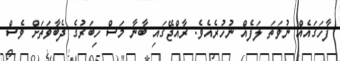
ފާހަގައެއް ނުވަތަ ލަފެއް ނުހުރެއެވެ. ރާއްޖޭގައި ބާނާ މަސް ހިބަރުގެ ދެބާވަތަށް ވެސް